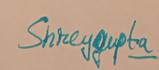
Signature authenticity: genuine